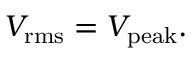
V _ { \mathrm { r m s } } = V _ { \mathrm { p e a k } } .